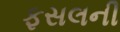
ફસલની